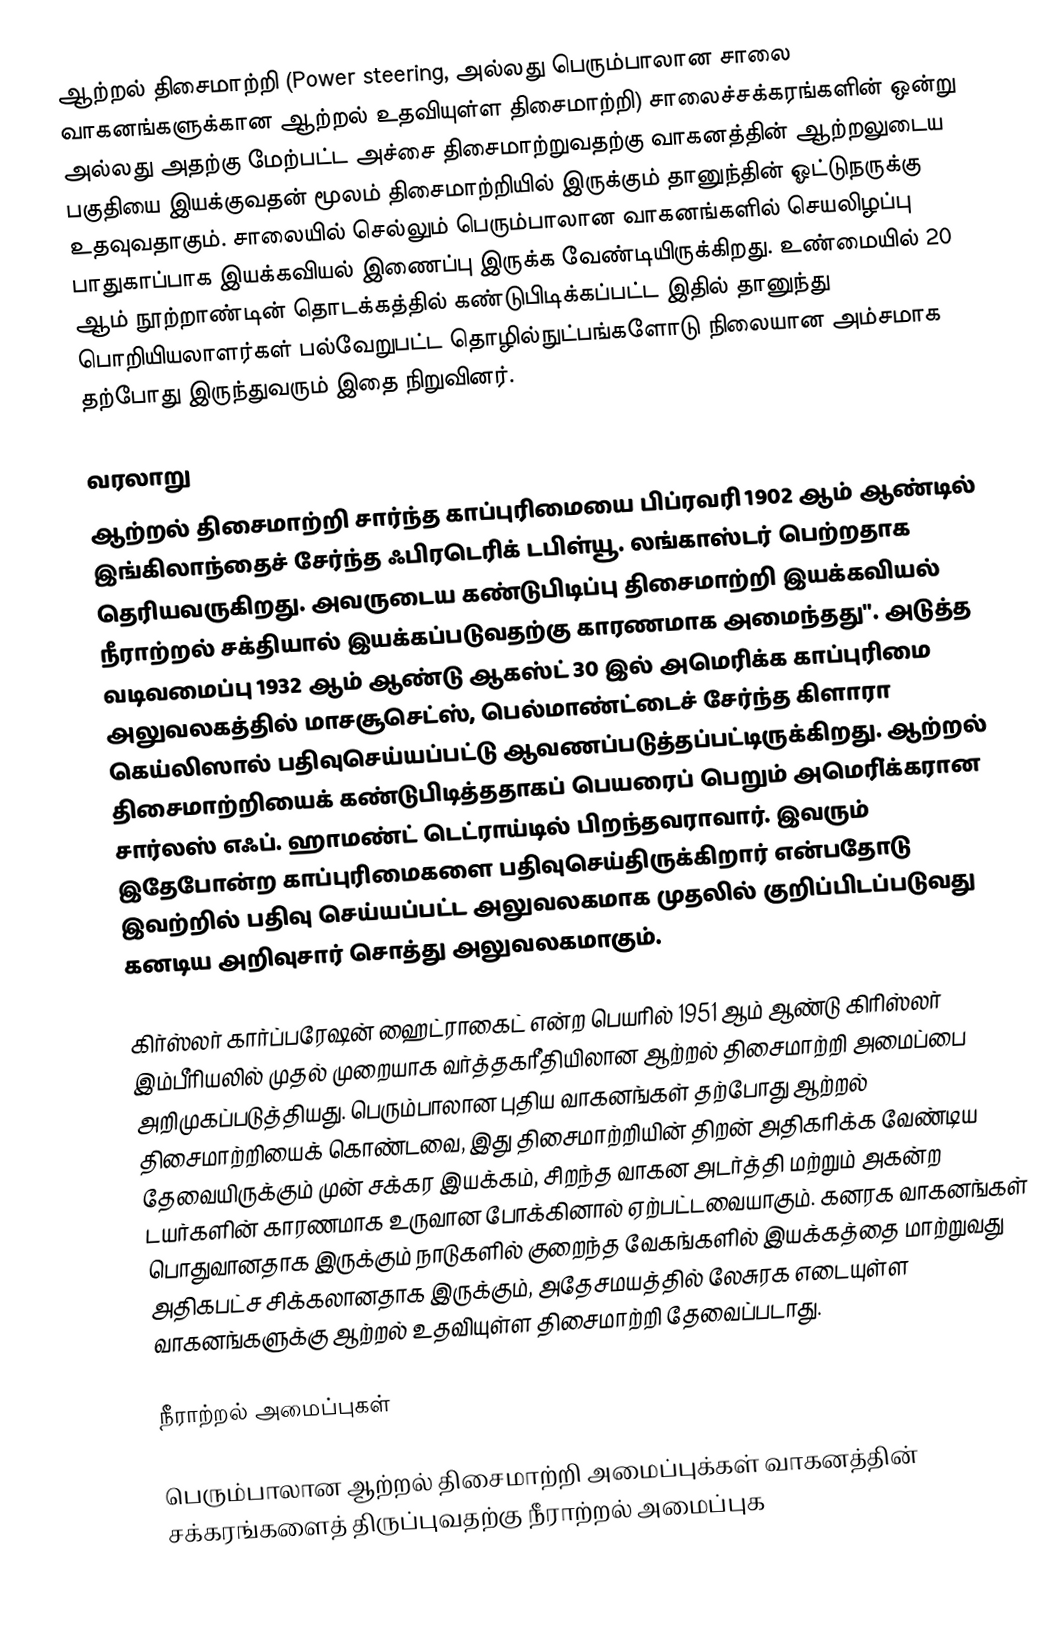
ஆற்றல் திசைமாற்றி (Power steering, அல்லது பெரும்பாலான சாலை வாகனங்களுக்கான ஆற்றல் உதவியுள்ள திசைமாற்றி) சாலைச்சக்கரங்களின் ஒன்று அல்லது அதற்கு மேற்பட்ட அச்சை திசைமாற்றுவதற்கு வாகனத்தின் ஆற்றலுடைய பகுதியை இயக்குவதன் மூலம் திசைமாற்றியில் இருக்கும் தானுந்தின் ஓட்டுநருக்கு உதவுவதாகும். சாலையில் செல்லும் பெரும்பாலான வாகனங்களில் செயலிழப்பு பாதுகாப்பாக இயக்கவியல் இணைப்பு இருக்க வேண்டியிருக்கிறது. உண்மையில் 20 ஆம் நூற்றாண்டின் தொடக்கத்தில் கண்டுபிடிக்கப்பட்ட இதில் தானுந்து பொறியியலாளர்கள் பல்வேறுபட்ட தொழில்நுட்பங்களோடு நிலையான அம்சமாக தற்போது இருந்துவரும் இதை நிறுவினர்.

வரலாறு
ஆற்றல் திசைமாற்றி சார்ந்த காப்புரிமையை பிப்ரவரி 1902 ஆம் ஆண்டில் இங்கிலாந்தைச் சேர்ந்த ஃபிரடெரிக் டபிள்யூ. லங்காஸ்டர் பெற்றதாக தெரியவருகிறது. அவருடைய கண்டுபிடிப்பு திசைமாற்றி இயக்கவியல் நீராற்றல் சக்தியால் இயக்கப்படுவதற்கு காரணமாக அமைந்தது". அடுத்த வடிவமைப்பு 1932 ஆம் ஆண்டு ஆகஸ்ட் 30 இல் அமெரிக்க காப்புரிமை அலுவலகத்தில் மாசசூசெட்ஸ், பெல்மாண்ட்டைச் சேர்ந்த கிளாரா கெய்லிஸால் பதிவுசெய்யப்பட்டு ஆவணப்படுத்தப்பட்டிருக்கிறது. ஆற்றல் திசைமாற்றியைக் கண்டுபிடித்ததாகப் பெயரைப் பெறும் அமெரி்க்கரான சார்லஸ் எஃப். ஹாமண்ட் டெட்ராய்டில் பிறந்தவராவார். இவரும் இதேபோன்ற காப்புரிமைகளை பதிவுசெய்திருக்கிறார் என்பதோடு இவற்றில் பதிவு செய்யப்பட்ட அலுவலகமாக முதலில் குறிப்பிடப்படுவது கனடிய அறிவுசார் சொத்து அலுவலகமாகும்.

கிர்ஸ்லர் கார்ப்பரேஷன் ஹைட்ராகைட் என்ற பெயரில் 1951 ஆம் ஆண்டு கிரிஸ்லர் இம்பீரியலில் முதல் முறையாக வர்த்தகரீதியிலான ஆற்றல் திசைமாற்றி அமைப்பை அறிமுகப்படுத்தியது. பெரும்பாலான புதிய வாகனங்கள் தற்போது ஆற்றல் திசைமாற்றியைக் கொண்டவை, இது திசைமாற்றியின் திறன் அதிகரிக்க வேண்டிய தேவையிருக்கும் முன் சக்கர இயக்கம், சிறந்த வாகன அடர்த்தி மற்றும் அகன்ற டயர்களின் காரணமாக உருவான போக்கினால் ஏற்பட்டவையாகும். கனரக வாகனங்கள் பொதுவானதாக இருக்கும் நாடுகளில் குறைந்த வேகங்களில் இயக்கத்தை மாற்றுவது அதிகபட்ச சிக்கலானதாக இருக்கும், அதேசமயத்தில் லேசுரக எடையுள்ள வாகனங்களுக்கு ஆற்றல் உதவியுள்ள திசைமாற்றி தேவைப்படாது.

நீராற்றல் அமைப்புகள்

பெரும்பாலான ஆற்றல் திசைமாற்றி அமைப்புக்கள் வாகனத்தின் சக்கரங்களைத் திருப்புவதற்கு நீராற்றல் அமைப்புக